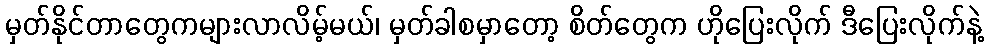
မှတ်နိုင်တာတွေကများလာလိမ့်မယ်၊ မှတ်ခါစမှာတော့ စိတ်တွေက ဟိုပြေးလိုက် ဒီပြေးလိုက်နဲ့